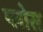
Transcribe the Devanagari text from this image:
प्लोस